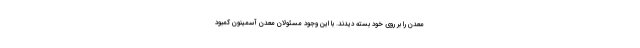
معدن را بر روی خود بسته دیدند. با این وجود مسئولان معدن آسمینون کمبود